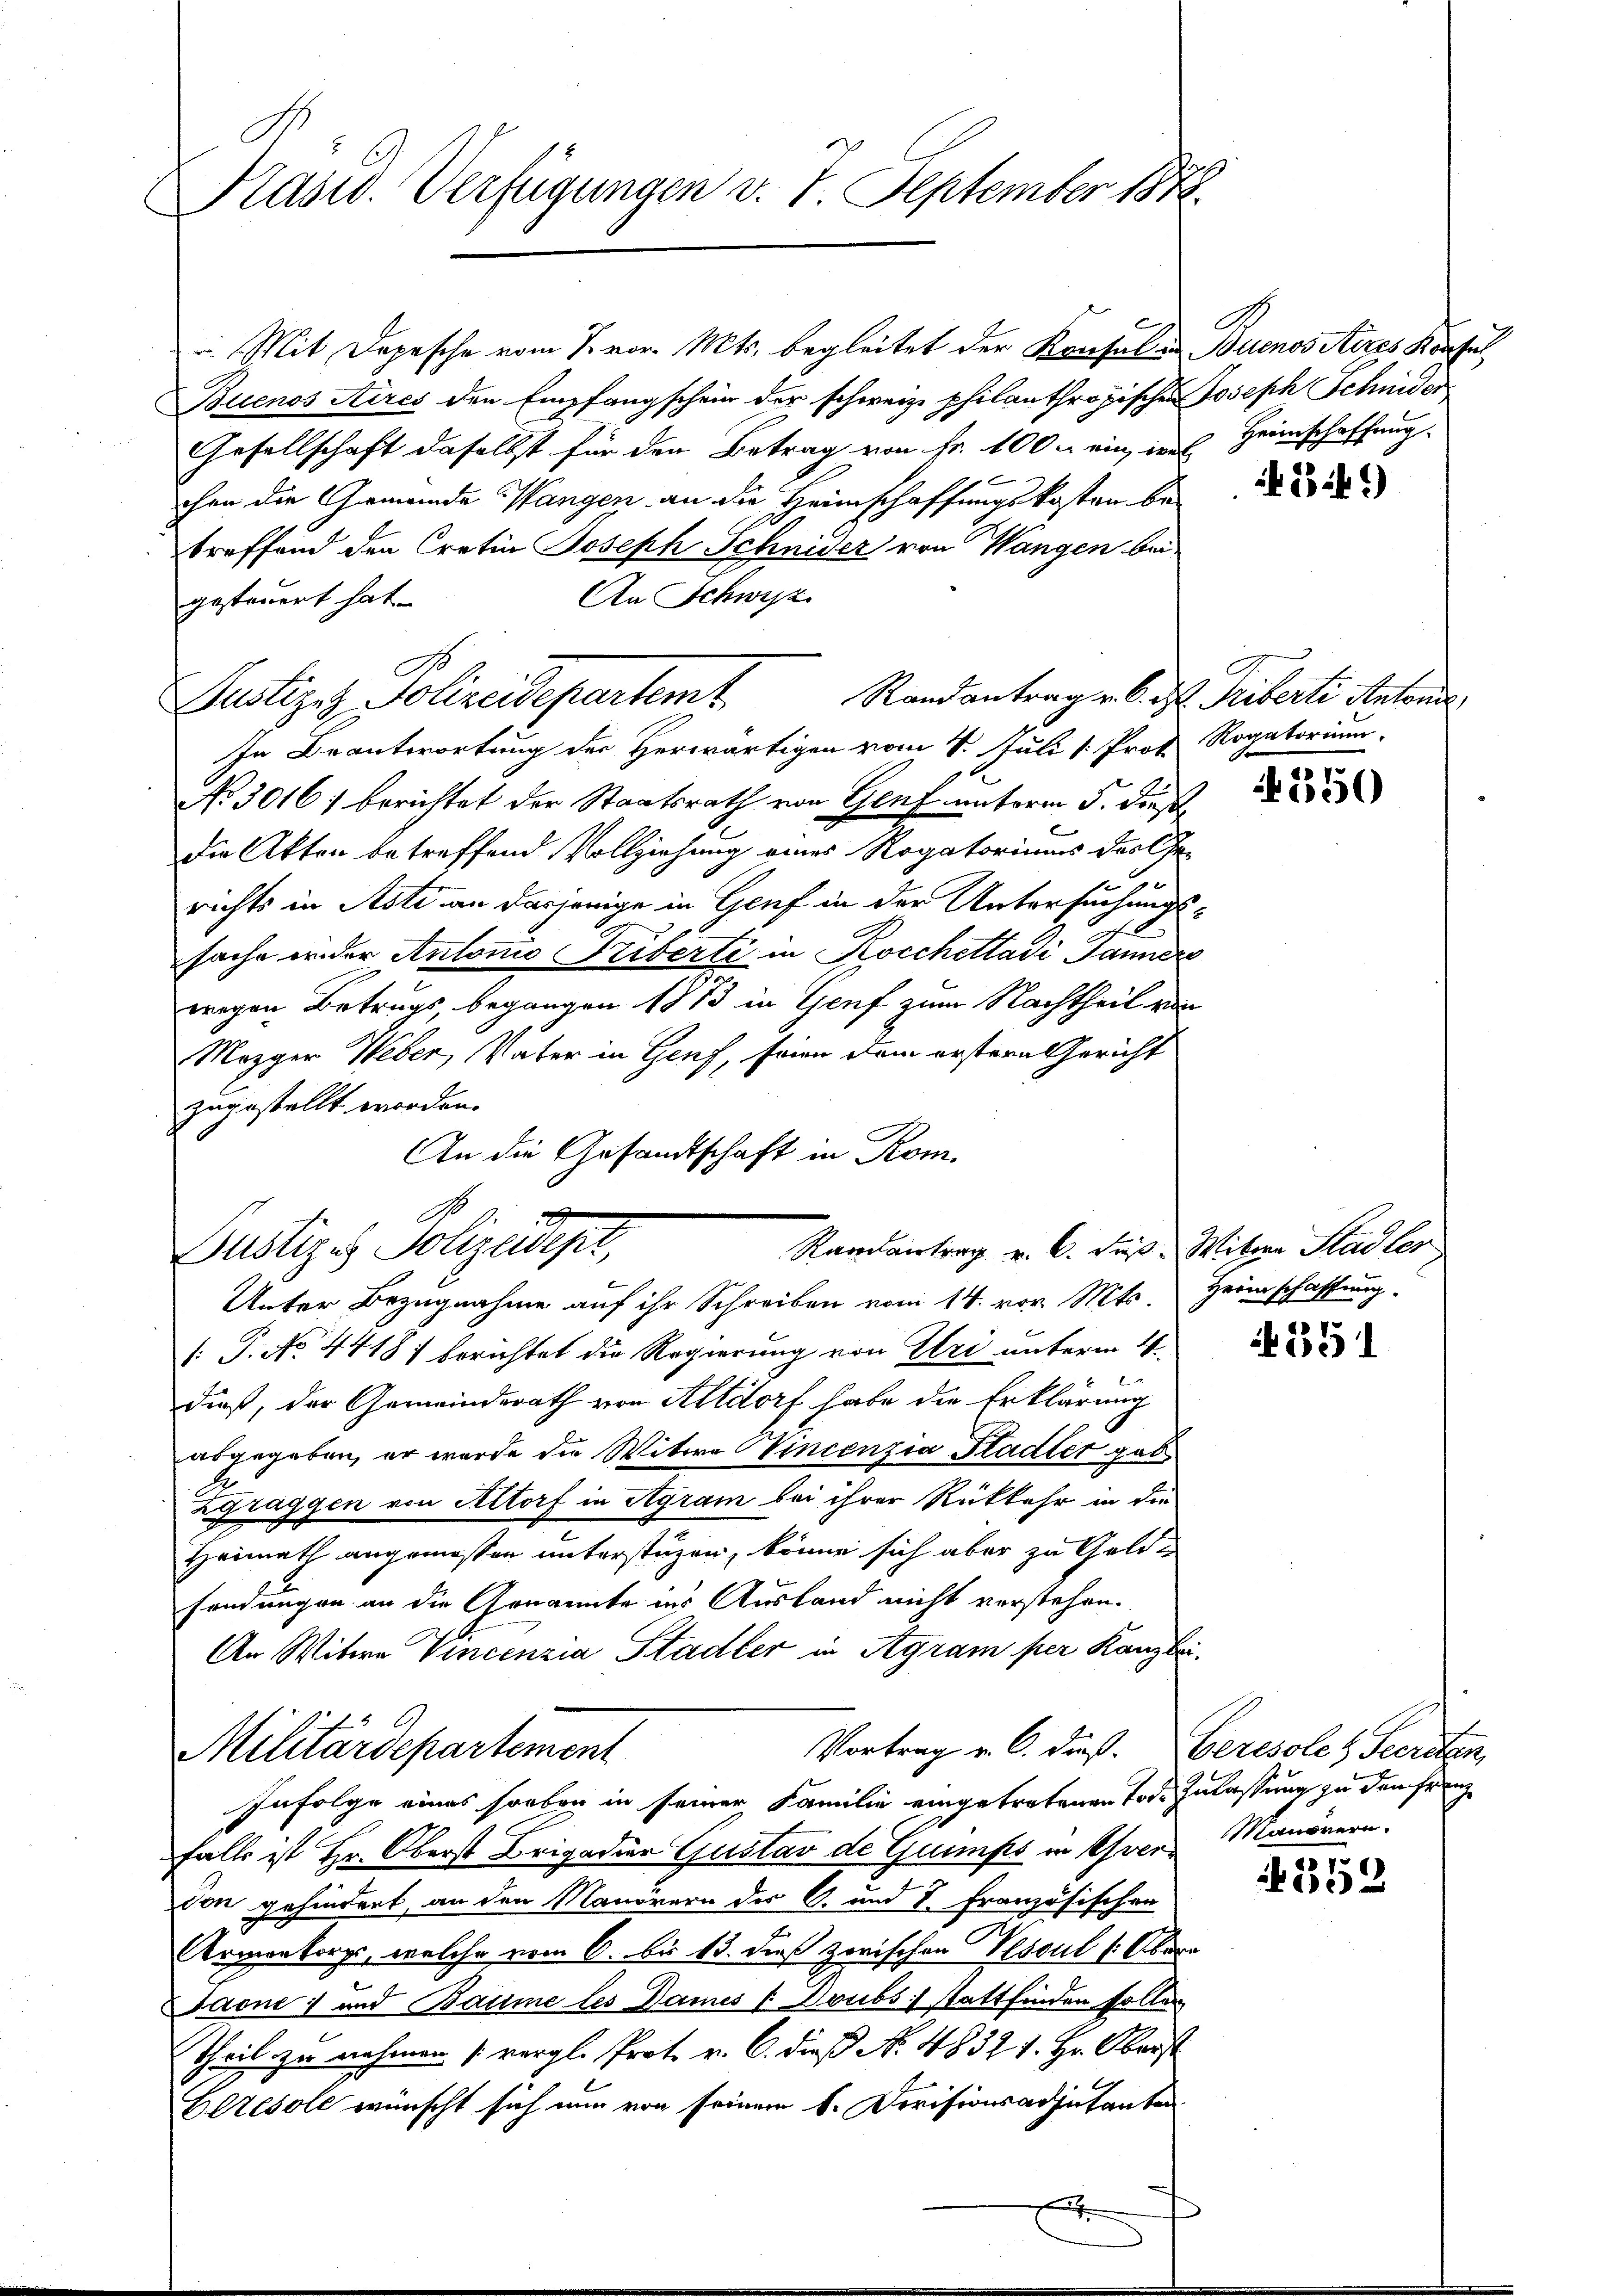
Kasw. Verfügungen v. 1. September 1878.

Mit Depesche vom 7. vor. Mts. begleitet der Konsul in Buenos Aires Konsul
Buenos Aires den Empfangschein der schweiz. philanthropischen Joseph Schmiden
Gesellschaft daselbst für den Betrag von Fr. 100. ein, ins Heimschaffung.
chen die Gemeinde Wangen an die Heimschaffungskosten be-
treffend den Cretin Joseph Schnider von Wangen bei
An Schwyz
gesteuert hat.
Randantrag v. 6. d. Triberti Antonal
In Beantwortung der Herwärtigen vom 8. Juli 1. Prof. Rogatorium.
No 3016) berichtet der Staatsrath von Genf unterm 5. Dies
die Akten betreffend Vollziehung eines Rogatoriums der Ge-
s
richts in Asti an dasjenige in Genf in der Untersuchungssache weder Antonio Triberti in Kocchettadi Jännere
wegen Betrugs, begangen 1873 in Genf zum Nachtheil von
Mezger Weber, Vater in Genf, seien dem erstern Gericht
zugestellt worden.
An die Gesandtschaft in Rom.
: P. No 4418) berichtet die Regierung von Uri unterm 4.
dieß, der Gemeinderath von Altdorf habe die Erklärung
abgegeben, er wurde die Witwe Vincenzia Stadler gab.
Zgraggen von Altorf in Agram bei ihrer Rückkehr in die
Heimath angemessen unterstüzen, könne sich aber zu Geldsendungen an die Genannte ins Ausland nicht verstehen.
An Witwe Vincenzia Stadler in Agram per Kanzlei.
Vortrag v. C. dieß. Geresole & Secreten,
Militärdepartement
Infolge eines soeben in seiner Familie eingetretenen Tode. Zulassung zu den Franz
falls ist Hr. Oberst Brigadier Gustav de Gummps in Avervon gehindert, an den Nauörern des C. und 1. Französischen
Armenkorps, welche vom 6. bis 13. dieß zorischen Vesout s: Ober¬
Jaone) und Batime les Dames ( Doubs stattfinden sollen
Theil zu nehmen (vergl. Prote v. 6. dieß No. 48321. Hr. Oberst
Eltésole wünscht sich nun von seinem 1. Devisionsadjutanten

Justiziz, Polizeidepartemt

No. 3.
Justizes Johzewept,
Randantrag v. 6. Fuß. Witwe Stadler
Unter Bezugnahme auf ihr Schreiben vom 14. vor. Mts.

A

f 53 f.)

2550

Herischaffung.

if. 5351

Manövern.

352